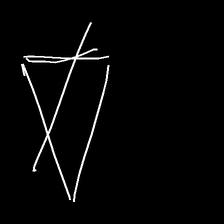
Glyph: empower